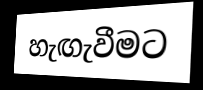
හැඟැවීමට